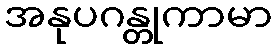
အနုပဂန္တုကာမာ